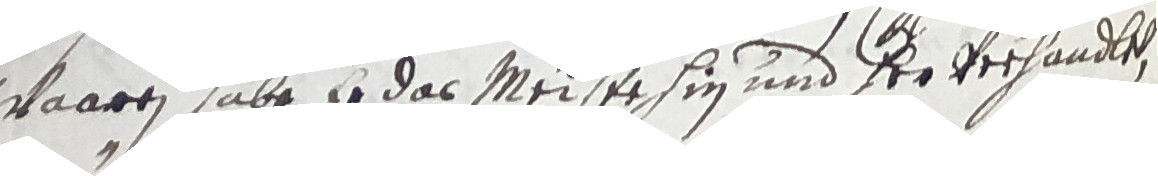
waaren abe er das meistehin und der verhandlt